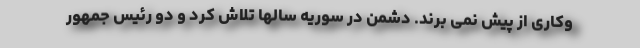
وکاری از پیش نمی برند. دشمن در سوریه سالها تلاش کرد و دو رئیس جمهور